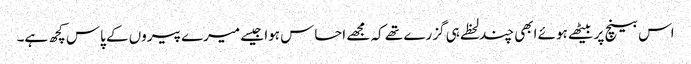
اس بینچ پر بیٹھے ہوئے ابھی چند لحظے ہی گزرے تھے کہ مجھے احساس ہوا جیسے میرے پیروں کے پاس کچھ ہے۔